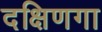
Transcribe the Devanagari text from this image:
दक्षिणगा